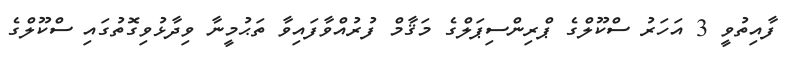
ފާއިތުވީ 3 އަހަރު ސްކޫލްގެ ޕްރިންސިޕަލްގެ މަޤާމް ފުރުއްވާފައިވާ ތަޙުމީނާ ވިދާޅުވިގޮތުގައި ސްކޫލްގެ